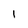
Character: I